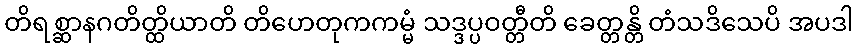
တိရစ္ဆာနဂတိတ္ထိယာတိ တိဟေတုကကမ္မံ သဒ္ဒပ္ပဝတ္တီတိ ခေတ္တန္တိ တံသဒိသေပိ အပဒါ